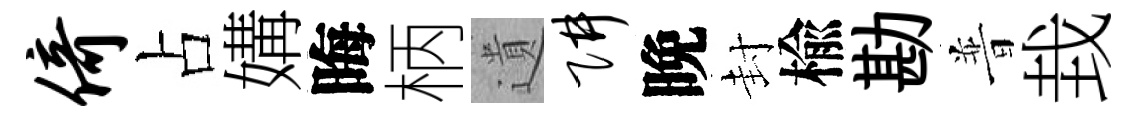
倚占媾晦柄遺阱晚封楡勘普㘽